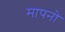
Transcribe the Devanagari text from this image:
मापनो